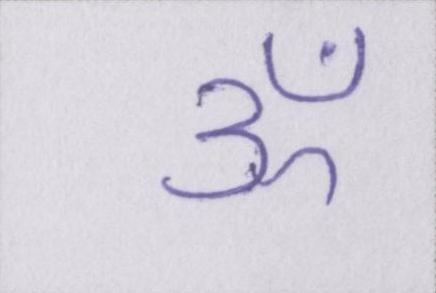
ॐ